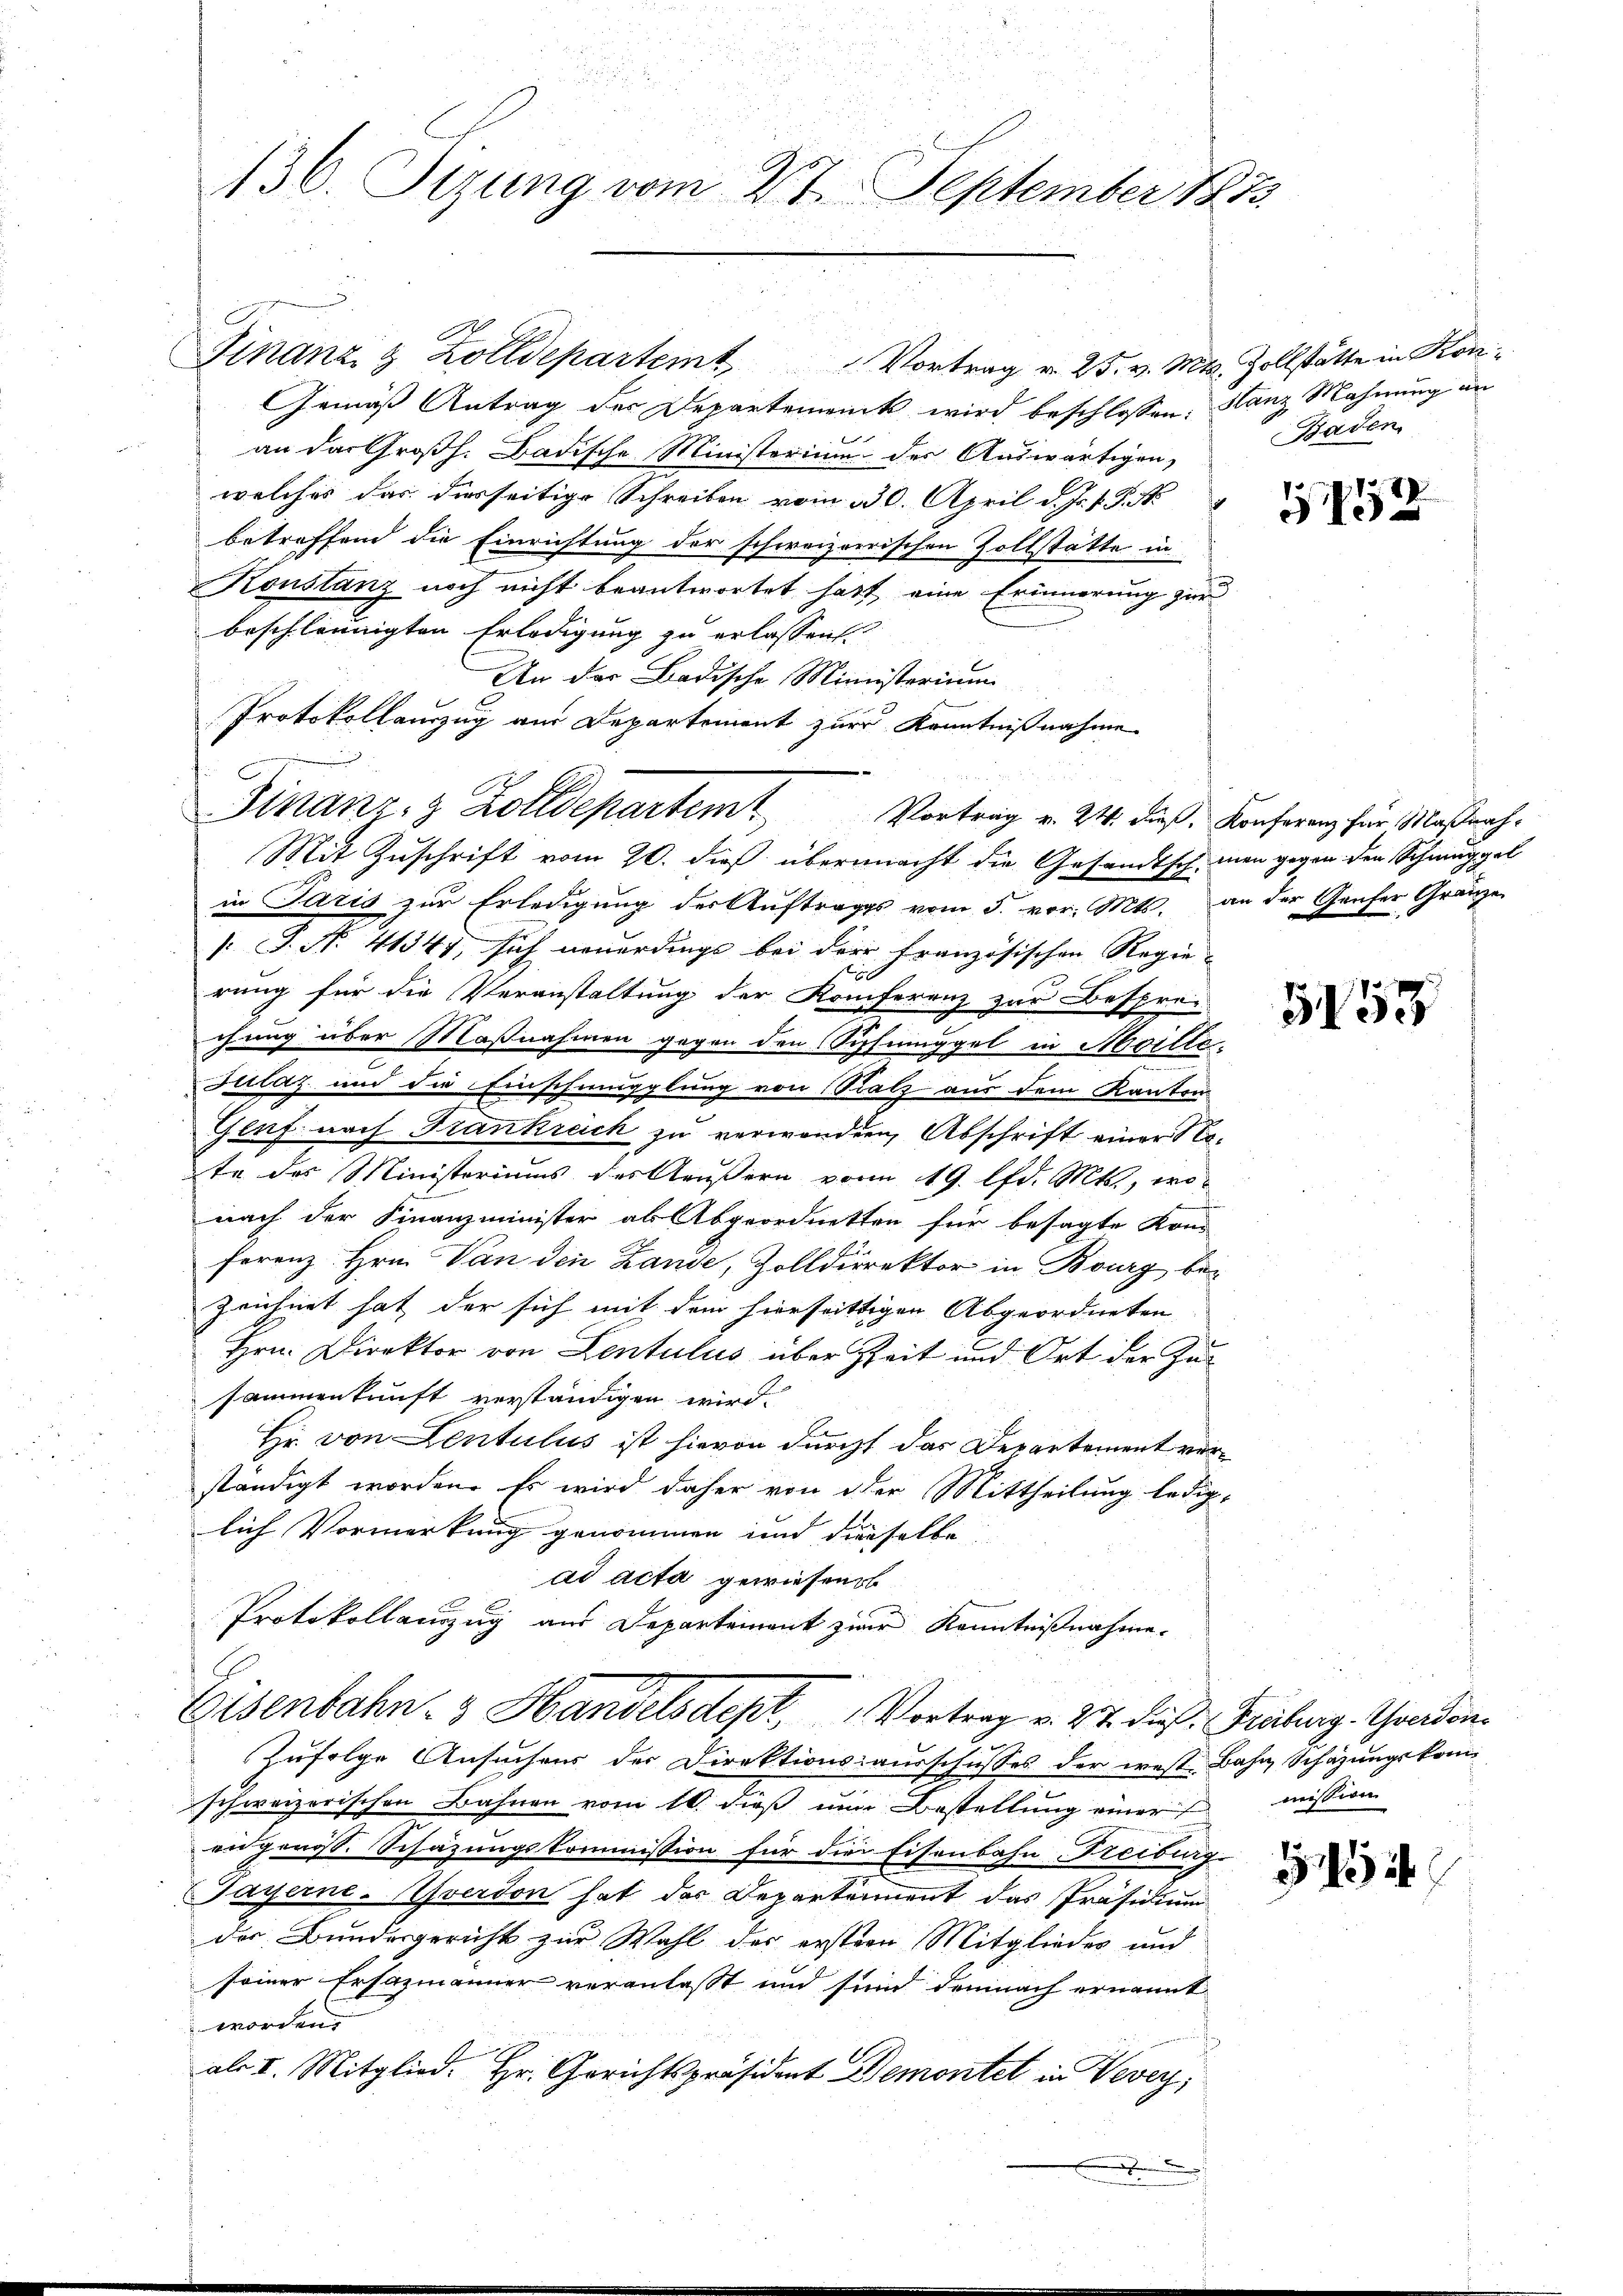
136. Sizung vom 27. September 1873

Finanzi & Zolldepartem Vortrag v. 25. v. Mts. Zollstätte in Kon¬
Gemäß Antrag der Departemenik wird beschlossen, Stanz Mahnung an
an das Großh. Badische Ministerium des Auswärtigen,
welches das diesseitige Schreiben vom 130. April d. Js. v. J. M.
betreffend die Einrichtung der schweizerischen Zollstätte in
Konstanz noch nicht beantwortet hatt, eine Erinnerung zur
beschleunigten Erledigung zu erlassen.
An der Badische Ministerium
Protokollauszug aus Departement zur Kenntnißnahme
Mit Zuschrift vom 20. dieß übermacht die Gesandtsch man gegen der Schmuggel
in Paris zur Erledigung der Auftrages vom 5. vor. Mts. an der Genfer Gränze
[ P. N. 41345, sich neuerdings bei der französischen Regie-
190
rung für die Veranstaltung der Konferenz zur Besprei
.
chung über Maßnahmen gegen den Sopfinggel in Moille-
Julaz und die Einschmugglung von Ratz aus dem Kanton
Genf nach Frankrech zu verwandten, Abschrift einer Note des Ministeriums des Aeußern vom 19. lfd. Mts., wo-
nach der Finanzminister als Abgeordnetten für besagte Kond
ferenz. Hrn. Von den Lande, Zolldirektor in Bourg bezeichnet hat der sich mit dem hierseittigen Abgeordneten
Hrn. Direktor von Lentulus über Zeit und Ort der Zusammenkunft verständigen wird.
Hr. von Lentulus ist hievon durch das Departement verständigt worden. Es wird daher von der Mittheilung ledig-
lich Vormerkung genommen und dieselbe
ad acta gewiesend
Protokollanzug aus Departement zur Kenntnißnahme.
Eisenbahn- & Handelsdept, Vortrag v. 27. dieß: Grabung. Gondon.
Zufolge Ansuchen der Direktionsausschusses der west Bahn Schazungskomschweizerischen Bahnen vom 16. dieß um Bestellung einer mission
en genöss. Schazungskommission für die Eisenbahn Freiburg-
Gayerne-verdon hat der Departement das Präsidium
der Bundesgericht zur Wahl der erstern Mitglieder und
seiner Ersazmänner veranlaßt und sind demnach ernannt
worden.
als I. Mitglied. Hr. Gerichtspräsident Demontel in Vevey,
.

Finanz- & Zolldepartem Vortrag v. 21. dieß. Konferenz für Maßnah¬

Baden.

152

5158

.
9154